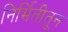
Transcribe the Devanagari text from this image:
निर्मितीतून